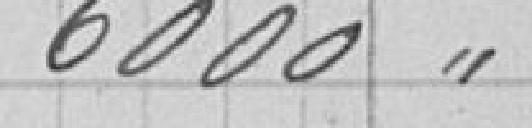
6 000